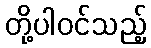
တို့ပါဝင်သည့်